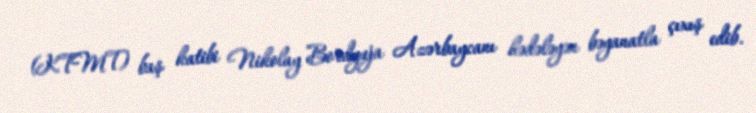
(KTMT) baş katibi Nikolay Bordyuja Azərbaycanı hədələyən bəyanatla çıxış edib.